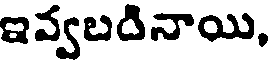
ఇవ్వబడినాయి,